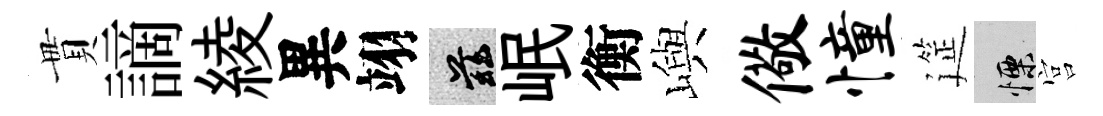
貫謫綾異翊兹岷衡嶼儆憧筵慄宫